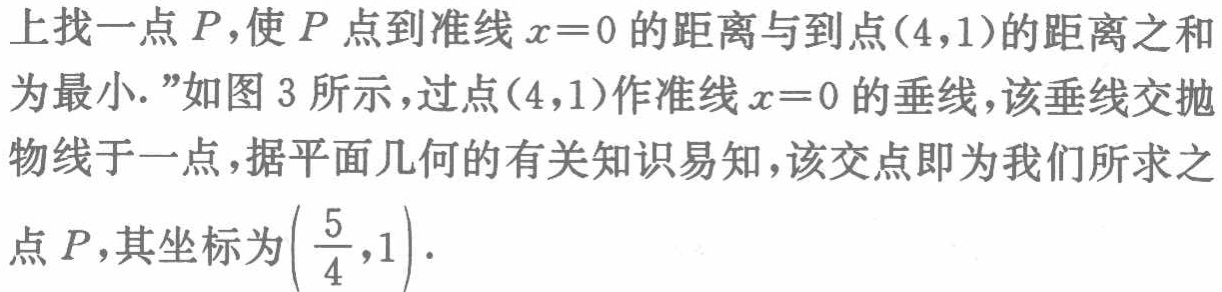
上找一点 \(P\)，使 \(P\) 点到准线 \(x = 0\) 的距离与到点\((4,1)\)的距离之和为最小.”如图 3 所示，过点\((4,1)\)作准线 \(x = 0\) 的垂线，该垂线交抛物线于一点，据平面几何的有关知识易知，该交点即为我们所求之点 \(P\)，其坐标为\(\left(\frac{5}{4},1\right)\).